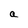
Character: a